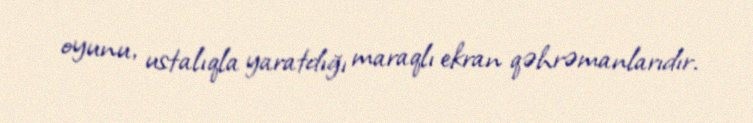
oyunu, ustalıqla yaratdığı maraqlı ekran qəhrəmanlarıdır.